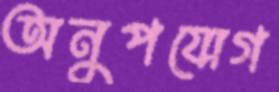
অনুপযোগ